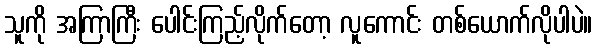
သူကို အကြာကြီး ပေါင်းကြည့်လိုက်တော့ လူကောင်း တစ်ယောက်လိုပါပဲ။